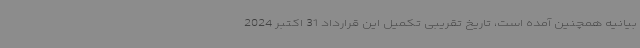
بیانیه همچنین آمده است، تاریخ تقریبی تکمیل این قرارداد 31 اکتبر 2024